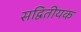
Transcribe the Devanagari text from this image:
सद्वितीयक